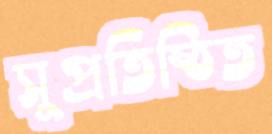
সুপ্রতিষ্ঠিত